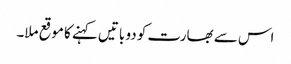
اس سے بھارت کو دو باتیں کہنے کا موقع ملا۔